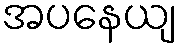
အပနေယျ